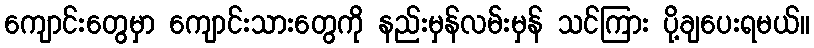
ကျောင်းတွေမှာ ကျောင်းသားတွေကို နည်းမှန်လမ်းမှန် သင်ကြား ပို့ချပေးရမယ်။